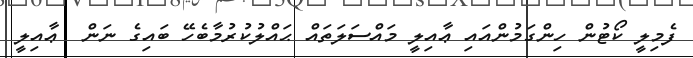
ފެމިލީ ކޯޓުން ހިންގަމުންއައި ޢާއިލީ މައްސަލަތައް ޙައްލުކުރުމާބެހޭ ބައިގެ ނަން  ޢާއިލީ